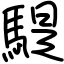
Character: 騠